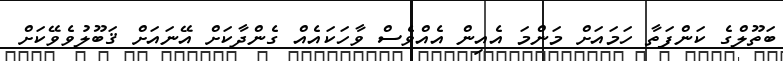
ބަތޫލްގެ ކަންފަތާ ހަމައަށް މަންމަ އެއިން އެއްވެސް ވާހަކައެއް ގެންދާކަށް އޭނައަށް ޤަބޫލުވެވޭކަށް